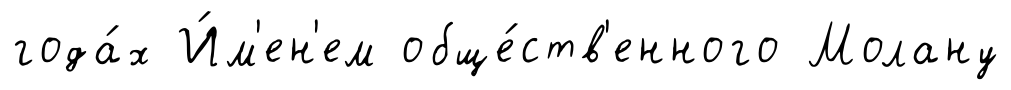
года́х И́м'ен'ем обще́ств'енного Молану